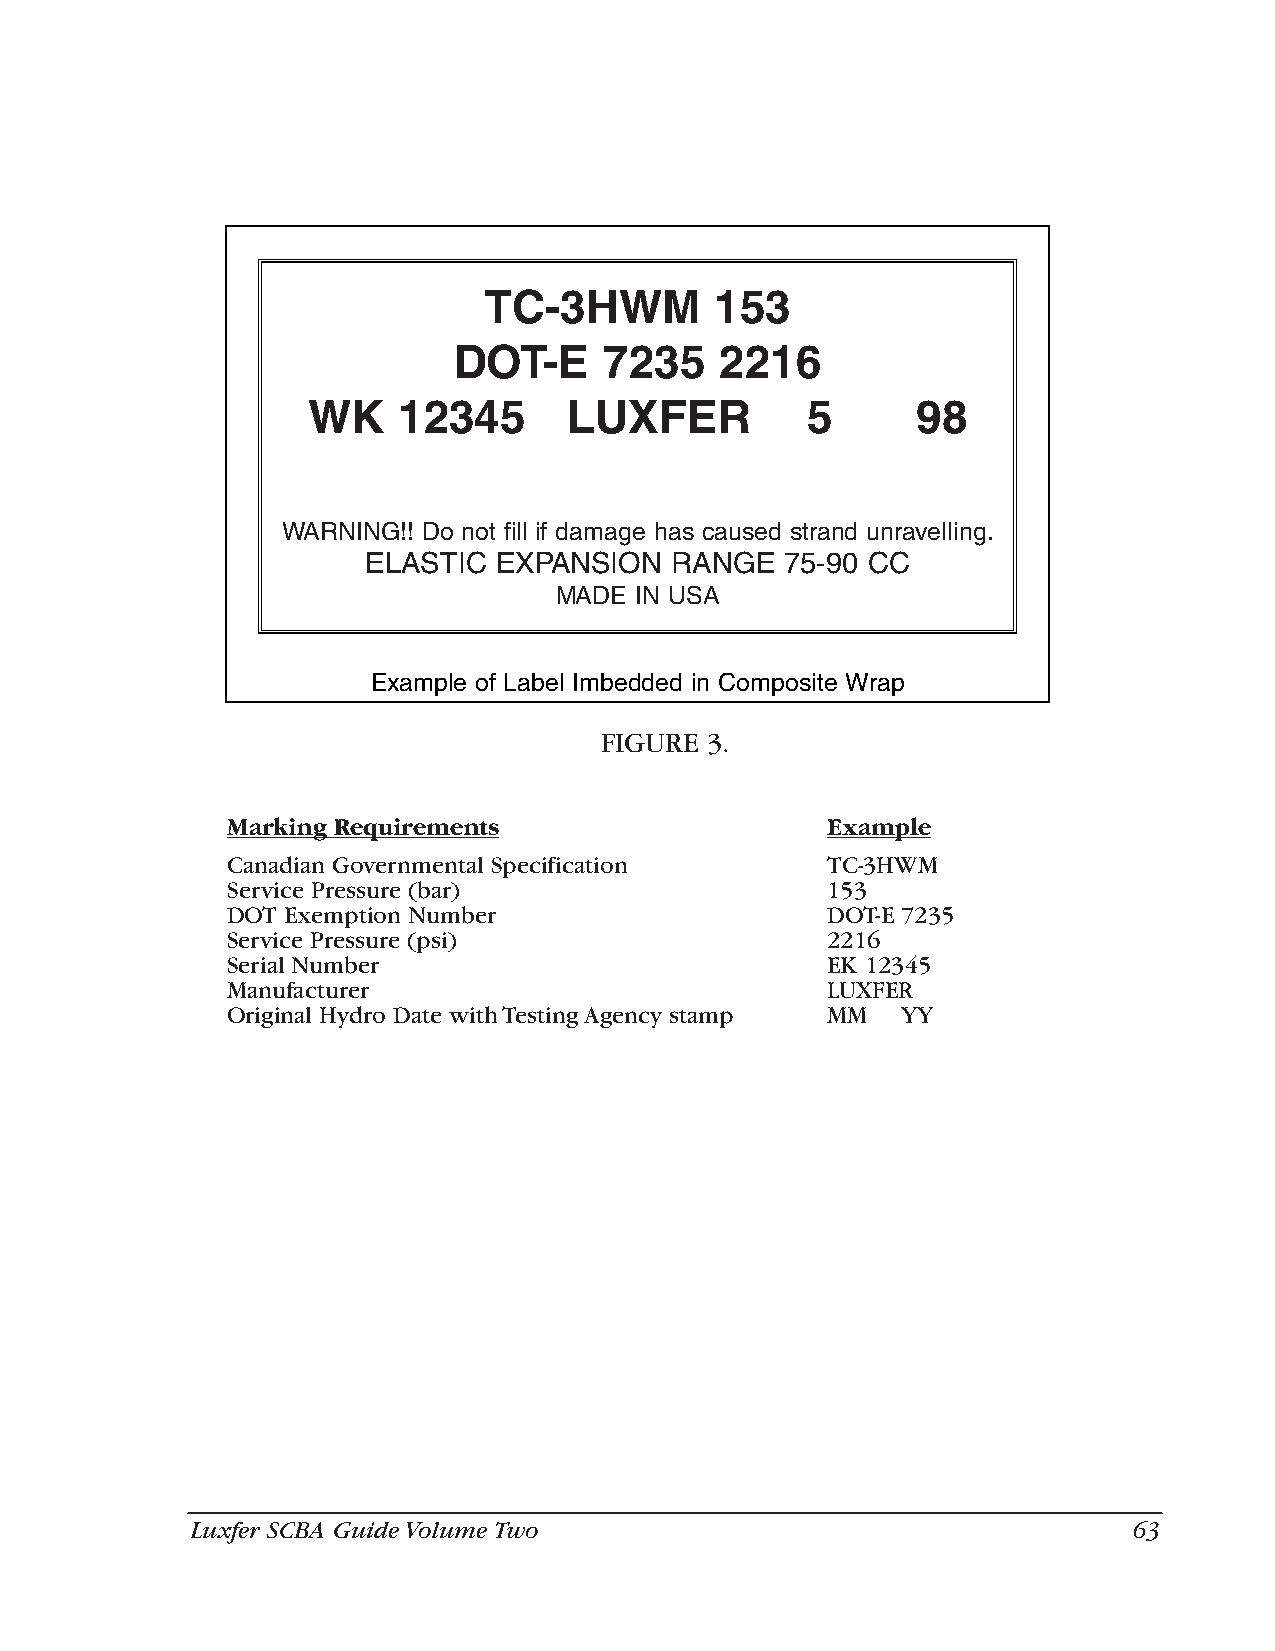
TC-3HWM        153
 DOT-E     7235    2216
 WK    12345       LUXFER         5       98
 WARNING!! Do not fill if damage has caused strand unravelling.
 ELASTIC  EXPANSION  RANGE   75-90 CC
 MADE IN USA
 Example of Label Imbedded in Composite Wrap
 FIGURE 3.
 Marking Requirements                    Example
 Canadian Governmental Specification     TC-3HWM
 Service Pressure (bar)                  153
 DOT Exemption Number                    DOT-E 7235
 Service Pressure (psi)                  2216
 Serial Number                           EK 12345
 Manufacturer                            LUXFER
 Original Hydro Date with Testing Agency stamp MM YY
 Luxfer SCBA Guide Volume Two                                  63